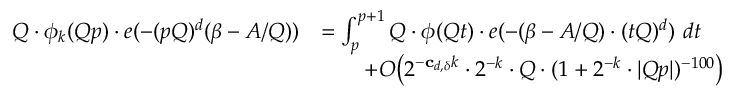
\begin{array} { r l } { Q \cdot \phi _ { k } ( Q p ) \cdot e ( - ( p Q ) ^ { d } ( \beta - A / Q ) ) } & { = \int _ { p } ^ { p + 1 } Q \cdot \phi ( Q t ) \cdot e ( - ( \beta - A / Q ) \cdot ( t Q ) ^ { d } ) \ d t } \\ & { \qquad + O \big ( 2 ^ { - \mathbf { c } _ { d , \delta } k } \cdot 2 ^ { - k } \cdot Q \cdot ( 1 + 2 ^ { - k } \cdot | Q p | ) ^ { - 1 0 0 } \big ) } \end{array}